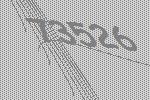
73526